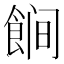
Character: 𱃩